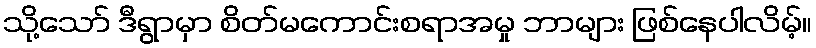
သို့သော် ဒီရွာမှာ စိတ်မကောင်းစရာအမှု ဘာများ ဖြစ်နေပါလိမ့်။